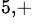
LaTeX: ^{5,+}